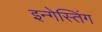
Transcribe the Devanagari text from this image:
इन्गेस्तिंग